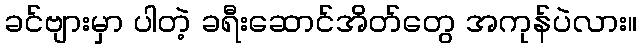
ခင်ဗျားမှာ ပါတဲ့ ခရီးဆောင်အိတ်တွေ အကုန်ပဲလား။